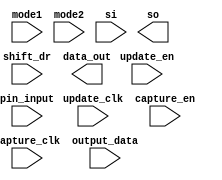
////////////////////////////////////////////////////////////////////////////////
//
//       This confidential and proprietary software may be used only
//     as authorized by a licensing agreement from Synopsys Inc.
//     In the event of publication, the following notice is applicable:
//
//                    (C) COPYRIGHT 2002 - 2018 SYNOPSYS INC.
//                           ALL RIGHTS RESERVED
//
//       The entire notice above must be reproduced on all authorized
//     copies.
//
//
// VERSION:   Verilog Simulation Model
//
// DesignWare_version: 4c4f4061
// DesignWare_release: O-2018.06-DWBB_201806.3
//
////////////////////////////////////////////////////////////////////////////////
//-------------------------------------------------------------------------------
//
// ABSTRACT:  Boundary Scan Cell Type BC_9
//
//           
//
//              
//  Input Ports:   	Size    Description
//  =========== 	====    ===========
//  capture_clk     	1 bit   Clocks data into the capture stage
//  update_clk      	1 bit   Clocks data into the update stage 
//  capture_en      	1 bit   Enable for data clocked into the capture 
//  update_en       	1 bit   Enable for data clocked into the update stage 
//  shift_dr           	1 bit   Enables the boundary scan chain to shift data
//			        one stage toward its serial output (tdo) 
//  mode1		1 bit  	Determines whether data captured  is controlled by the
//				boundary scan cell or by the output_data signal
//  mode2		1 bit  	Determines whether data_out is controlled by the
//				boundary scan cell or by the output_data signal	
//  si	 		1 bit  	Serial path from the previous boundary scan cell
//  pin_input		1 bit 	Input data
//  output_data         1 bit   IC output logic signal.   
//
//  Output Ports    	Size    Description
//  ============	====    ===========
//  data_out        	1 bit   Output data
//  so              	1 bit   Serial path to the next boundary scan cell
//              
//
//
// MODIFIED: 
//
//-------------------------------------------------------------------------------

module DW_bc_9 (capture_clk, update_clk, capture_en, update_en, shift_dr, mode1, 
		mode2,si, pin_input, output_data, data_out, so );

   input  capture_clk;
   input  update_clk;
   input  capture_en;
   input  update_en;
   input  shift_dr;
   input  mode1;
   input  mode2;
   input  si;
   input  pin_input;
   input  output_data;

   output data_out;
   output so;

   // synopsys translate_off

   reg 	  capture_out;
   reg 	  update_out;
   wire   capture_val;
   wire   tmp1;
   
   assign tmp1 = (mode1 === 1'b0) ? (output_data | (output_data ^ output_data)) :
		 (mode1 === 1'b1) ? (pin_input | (pin_input ^ pin_input)) : 1'bX;
   assign capture_val = (shift_dr === 1'b0) ? tmp1 :
			(shift_dr === 1'b1) ? (si | (si ^ si)) : 1'bX;
   assign data_out = (mode2 === 1'b0) ? (output_data | (output_data ^ output_data)) :
		     (mode2 === 1'b1) ? update_out : 1'bX;

   assign so = capture_out;

   always @(posedge capture_clk)
      begin : CAPTURE_PROC
	 if (capture_en === 1'b1)
	    capture_out <= capture_out;
	 else if (capture_en === 1'b0)
	    capture_out <= capture_val;
	 else
	    capture_out <= 1'bX;
      end // block: CAPTURE_PROC
   
   always @(posedge update_clk)
      begin : UPDATE_PROC
	 if (update_en === 1'b1)
	    update_out <= capture_out;
	 else if (update_en === 1'b0)
	    update_out <= update_out;
	 else
	    update_out <= 1'bX;
      end // block: UPDATE_PROC
   
  //---------------------------------------------------------------------------
  // Parameter legality check
  //---------------------------------------------------------------------------
  
 
  initial begin : parameter_check
    integer param_err_flg;

    param_err_flg = 0;
    
    //no parameters to check
  
    if ( param_err_flg == 1) begin
      $display(
        "%m :\n  Simulation aborted due to invalid parameter value(s)");
      $finish;
    end

  end // parameter_check 


  //---------------------------------------------------------------------------
  // Report unknown clock inputs
  //---------------------------------------------------------------------------
  
  always @ (capture_clk) begin : clk_monitor1 
    if ( (capture_clk !== 1'b0) && (capture_clk !== 1'b1) && ($time > 0) )
      $display( "WARNING: %m :\n  at time = %t, detected unknown value, %b, on capture_clk input.",
                $time, capture_clk );
    end // clk_monitor1 
  
  always @ (update_clk) begin : clk_monitor2 
    if ( (update_clk !== 1'b0) && (update_clk !== 1'b1) && ($time > 0) )
      $display( "WARNING: %m :\n  at time = %t, detected unknown value, %b, on update_clk input.",
                $time, update_clk );
    end // clk_monitor2        
   // synopsys translate_on 
   
endmodule // DW_bc_9